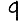
Digit: 9